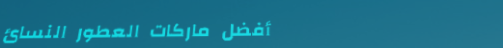
أفضل ماركات العطور النسائ